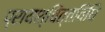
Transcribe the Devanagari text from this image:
प्रायश्चित्तविधि